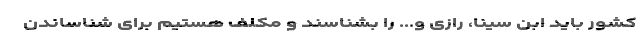
کشور باید ابن سینا، رازی و... را بشناسند و مکلف هستیم برای شناساندن